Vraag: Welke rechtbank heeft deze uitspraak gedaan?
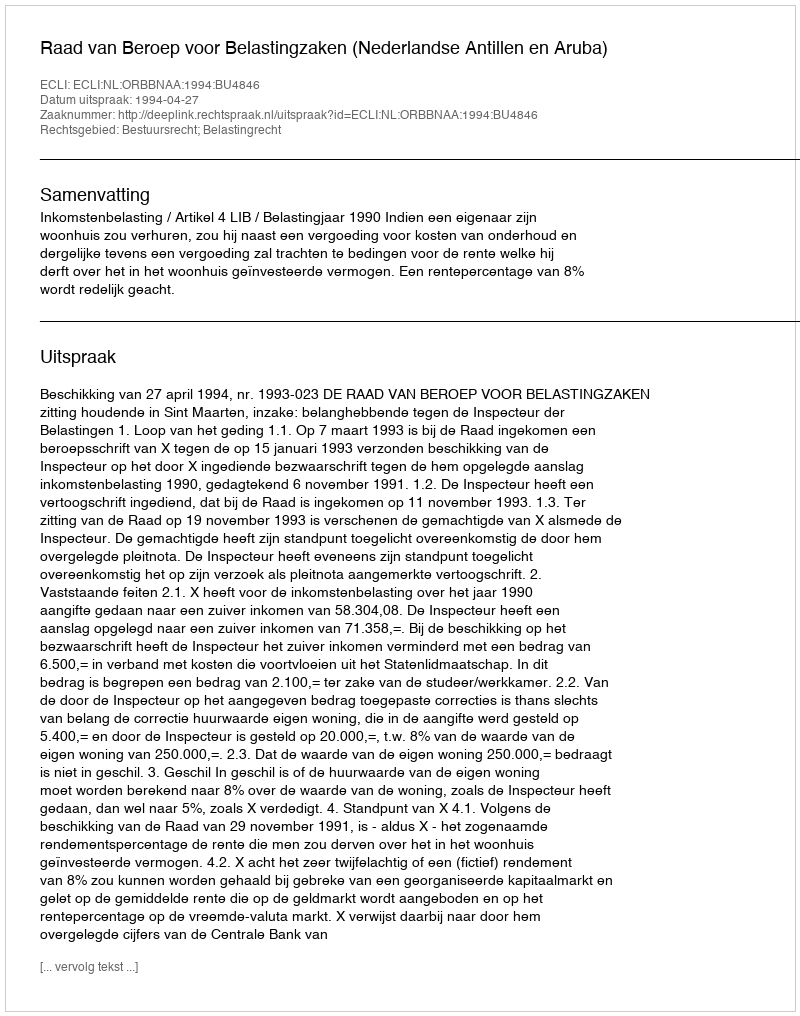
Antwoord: Raad van Beroep voor Belastingzaken (Nederlandse Antillen en Aruba)